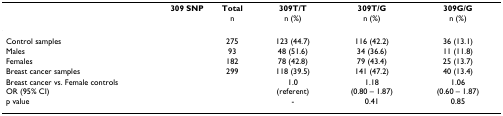
<table><thead><tr><td><b>309 SNP</b></td><td><b>Total</b></td><td><b>309T/T</b></td><td><b>309T/G</b></td><td><b>309G/G</b></td></tr><tr><td></td><td><b>n</b></td><td><b>n (%)</b></td><td><b>n (%)</b></td><td><b>n (%)</b></td></tr></thead><tbody><tr><td>Control samples</td><td>275</td><td>123 (44.7)</td><td>116 (42.2)</td><td>36 (13.1)</td></tr><tr><td>Males</td><td>93</td><td>48 (51.6)</td><td>34 (36.6)</td><td>11 (11.8)</td></tr><tr><td>Females</td><td>182</td><td>78 (42.8)</td><td>79 (43.4)</td><td>25 (13.7)</td></tr><tr><td>Breast cancer samples</td><td>299</td><td>118 (39.5)</td><td>141 (47.2)</td><td>40 (13.4)</td></tr><tr><td>Breast cancer vs. Female controlsOR (95% CI)</td><td></td><td>1.0 (referent)</td><td>1.18 (0.80 – 1.87)</td><td>1.06(0.60 – 1.87)</td></tr><tr><td>p value</td><td></td><td>-</td><td>0.41</td><td>0.85</td></tr></tbody></table>